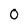
Character: 0